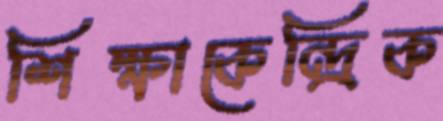
শিক্ষাকেন্দ্রিক